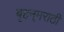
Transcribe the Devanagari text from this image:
बृहन्‌मराठी